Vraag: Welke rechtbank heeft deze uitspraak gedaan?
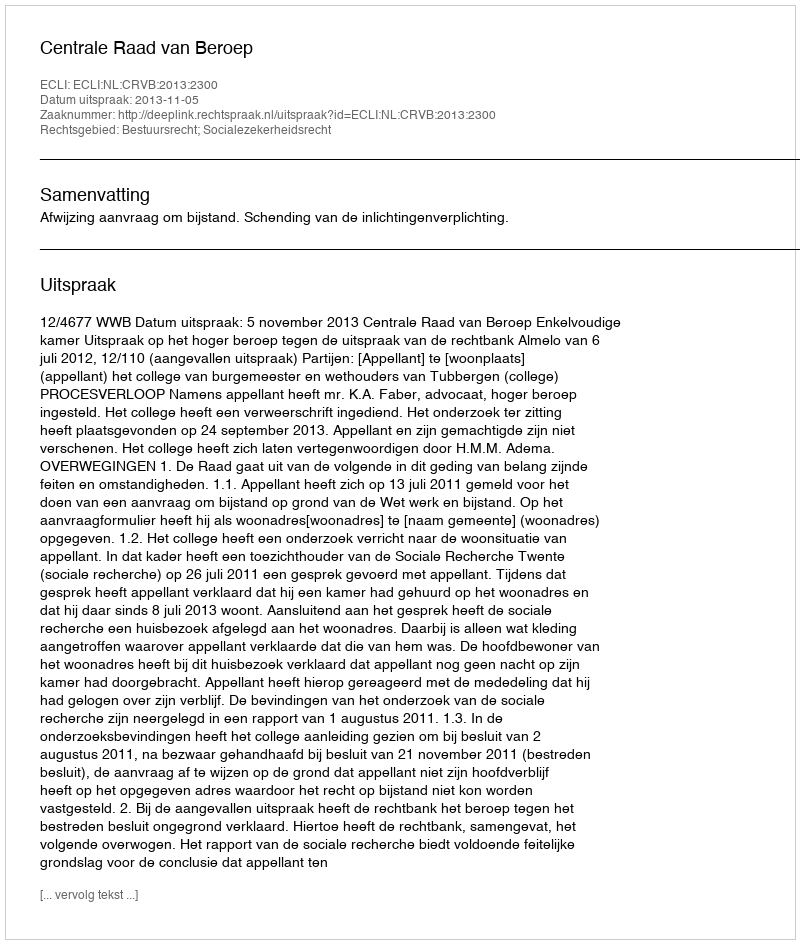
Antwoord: Centrale Raad van Beroep